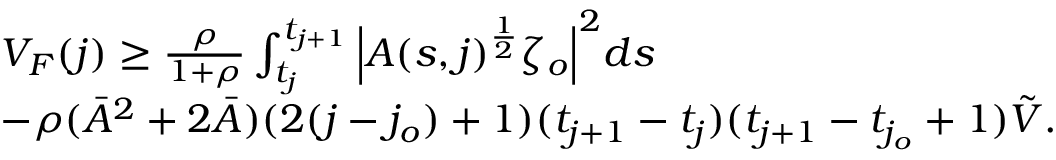
\begin{array} { r l } & { V _ { F } ( j ) \geq \frac { \rho } { 1 + \rho } \int _ { t _ { j } } ^ { t _ { j + 1 } } \Big | A ( s , j ) ^ { \frac { 1 } { 2 } } \zeta _ { o } \Big | ^ { 2 } d s } \\ & { - \rho ( \bar { A } ^ { 2 } + 2 \bar { A } ) ( 2 ( j - j _ { o } ) + 1 ) ( t _ { j + 1 } - t _ { j } ) ( t _ { j + 1 } - t _ { j _ { o } } + 1 ) \tilde { V } . } \end{array}